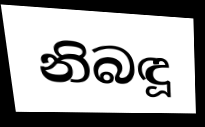
නිබඳූ